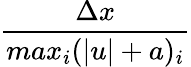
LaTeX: \frac{\Delta x}{max_{i}(|u|+a)_{i}}